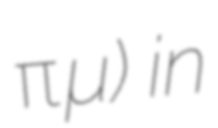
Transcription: Γοργοποτάμου) in